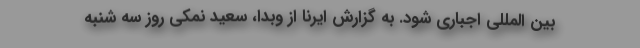
بین المللی اجباری شود. به گزارش ایرنا از وبدا، سعید نمکی روز سه شنبه